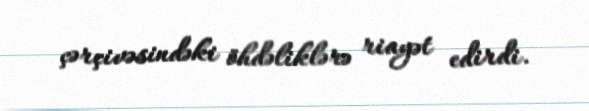
çərçivəsindəki öhdəliklərə riayət edirdi.